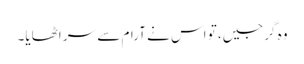
وہ گرجیں، تو اس نے آرام سے سر اٹھایا۔